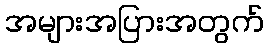
အများအပြားအတွက်